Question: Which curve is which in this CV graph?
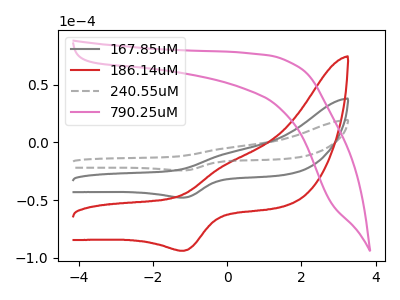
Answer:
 <answer>The gray curve is labeled "167.85uM". The red curve is labeled "186.14uM". The gray dashed curve is labeled "240.55uM". The pink curve is labeled "790.25uM".</answer>
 <eval></eval>